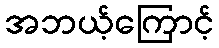
အဘယ့်ကြောင့်